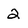
Character: 2